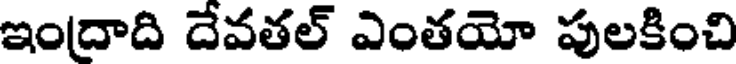
ఇందాది దేవతల్ ఎంతయో పులకించి